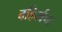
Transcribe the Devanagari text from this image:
बहिर्त्वचा